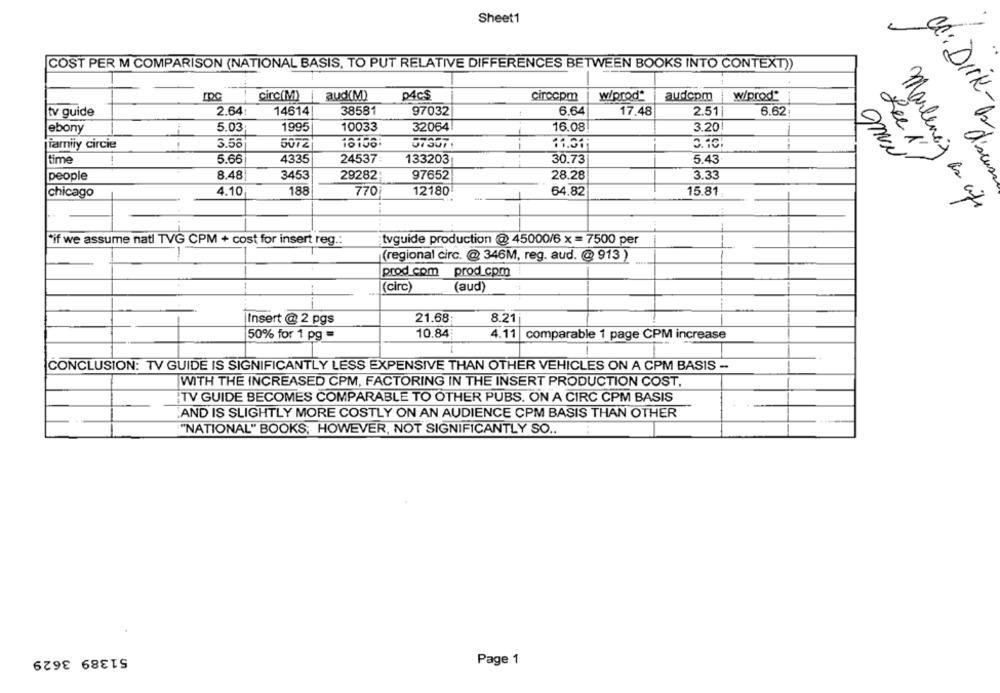
Sheet1
COST PER M COMPARISON (NATIONAL BASIS, TO PUT RELATIVE DIFFERENCES BETWEEN BOOKS INTO CONTEXT))
circ(M)
aud(M)
PACS
circcpm
wiprod*
audcpm
CC: Dirk
w/prod"
2.641
14614
38581
6.64
tv guide
97032
17.48
2.51
6.62
ebony
5.03
1995
10033
32064
16.08
3.20
family circie
3.56
5072
18106:
57307
0.10
time
5.66
4335
24537:
133203
30.73
5.43
people
8.48
3453
29282;
97652
28.28
3.33
d'seus
chicago
4.10
188
770
12180
64.82
15.81
Marlena as cife
tvguide production @ 45000/6 x =7500 per
"if we assume natl TVG CPM + cost for insert reg .:
(regional circ. @ 346M, reg. aud. @ 913 )
prod com prod.cpm
(circ)
(aud)
21.68;
8.21
-
Insert @ 2 pgs
10.84
50% for 1 pg =
4.11 comparable 1 page CPM increase
CONCLUSION: TV GUIDE IS SIGNIFICANTLY LESS EXPENSIVE THAN OTHER VEHICLES ON A CPM BASIS --
WITH THE INCREASED CPM, FACTORING IN THE INSERT PRODUCTION COST,
TV GUIDE BECOMES COMPARABLE TO OTHER PUBS. ON A CIRC CPM BASIS
AND IS SLIGHTLY MORE COSTLY ON AN AUDIENCE CPM BASIS THAN OTHER
"NATIONAL" BOOKS; HOWEVER, NOT SIGNIFICANTLY SO .. :
51389 3629
Page 1